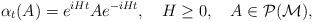
LaTeX: \begin{align*}\alpha _{t}(A)=e^{iHt}Ae^{-iHt},\quad H\geq 0,\quad A\in \mathcal{P(M)},\end{align*}